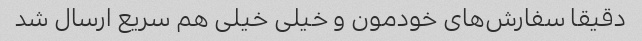
دقیقا سفارش‌های خودمون و خیلی خیلی هم سریع ارسال شد